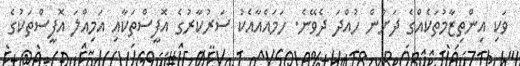
ވަކި އިންތިޒާމުތަކެއްގެ ދަށުން ހުއްދަ ދެވޭނެ. ހަމައެއާއެކު ސަރުކާރުގެ އޮފީސްތަކާއި އަމިއްލަ އޮފީސްތަކުގެ